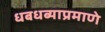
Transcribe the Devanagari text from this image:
धबधब्याप्रमाणे